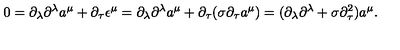
0 = \partial _ { \lambda } \partial ^ { \lambda } a ^ { \mu } + \partial _ { \tau } \epsilon ^ { \mu } = \partial _ { \lambda } \partial ^ { \lambda } a ^ { \mu } + \partial _ { \tau } ( \sigma \partial _ { \tau } a ^ { \mu } ) = ( \partial _ { \lambda } \partial ^ { \lambda } + \sigma \partial _ { \tau } ^ { 2 } ) a ^ { \mu } .